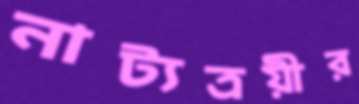
নাট্যত্রয়ীর